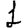
Digit: 1